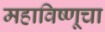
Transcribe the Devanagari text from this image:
महाविष्णूचा